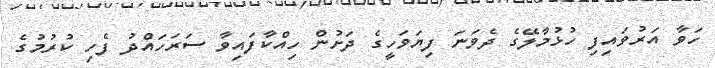
ހަވާ އަރުވައިފި ހުޅުމާލޭގެ ދެވަނަ ފިޔަވަހީގެ ދަށުން ހިއްކާފައިވާ ސަރަހައްދު ފެހި ކުރުމުގެ